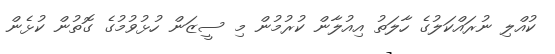
ކުއްލި ނުރައްކަލުގެ ހާލަތު އިއުލާން ކުރުމުން މި ސީޒަން ހުޅުވުމުގެ ގޮތުން ކުޅެން